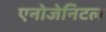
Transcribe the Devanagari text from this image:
एनोजेनिटल